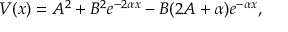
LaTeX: V ( x ) = A ^ { 2 } + B ^ { 2 } e ^ { - 2 \alpha x } - B ( 2 A + \alpha ) e ^ { - \alpha x } ,